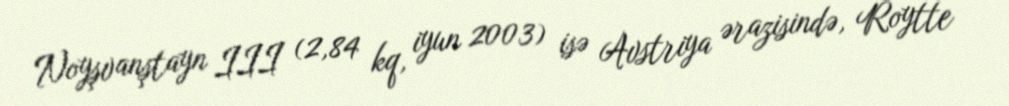
Noyşvanştayn III (2,84 kq, iyun 2003) isə Avstriya ərazisində, Roytte